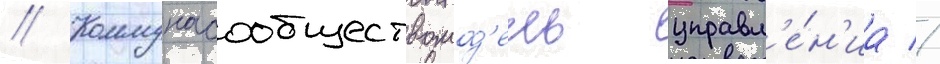
// Коммунасообществомод'ель управл'е́н'иа //